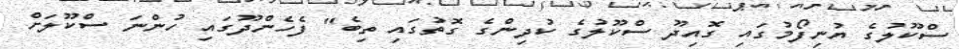
ސްކޫލުގެ ޔުނިފޯމުގައިި ގޮއިދޫ ސްކޫލުގެ ކުދިންގެ ގޮތުގައި ތިބެ" ފެހެންދޫގައި ހުންނަ ސްކޫލަށް